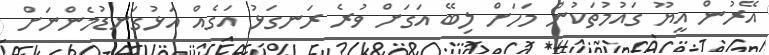
އޭރުން އީޔޫ ގައުމުތަކުން މަހަށް ލިބޭ އަގަށް ވުރެ ރަނގަޅު އަގެއް އަޅުގަނޑުމެންނަށް